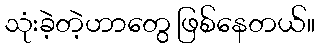
သုံးခဲ့တဲ့ဟာတွေ ဖြစ်နေတယ်။